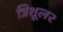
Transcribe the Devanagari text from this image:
त्रिशूल२